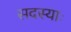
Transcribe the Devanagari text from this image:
सदस्याः